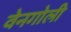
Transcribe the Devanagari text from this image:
वेनगोली